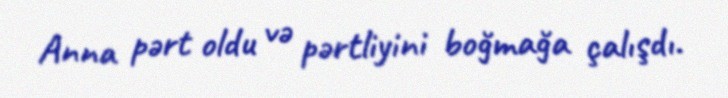
Anna pərt oldu və pərtliyini boğmağa çalışdı.